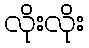
လိုးလိုး